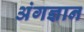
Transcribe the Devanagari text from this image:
अंगज्ञान